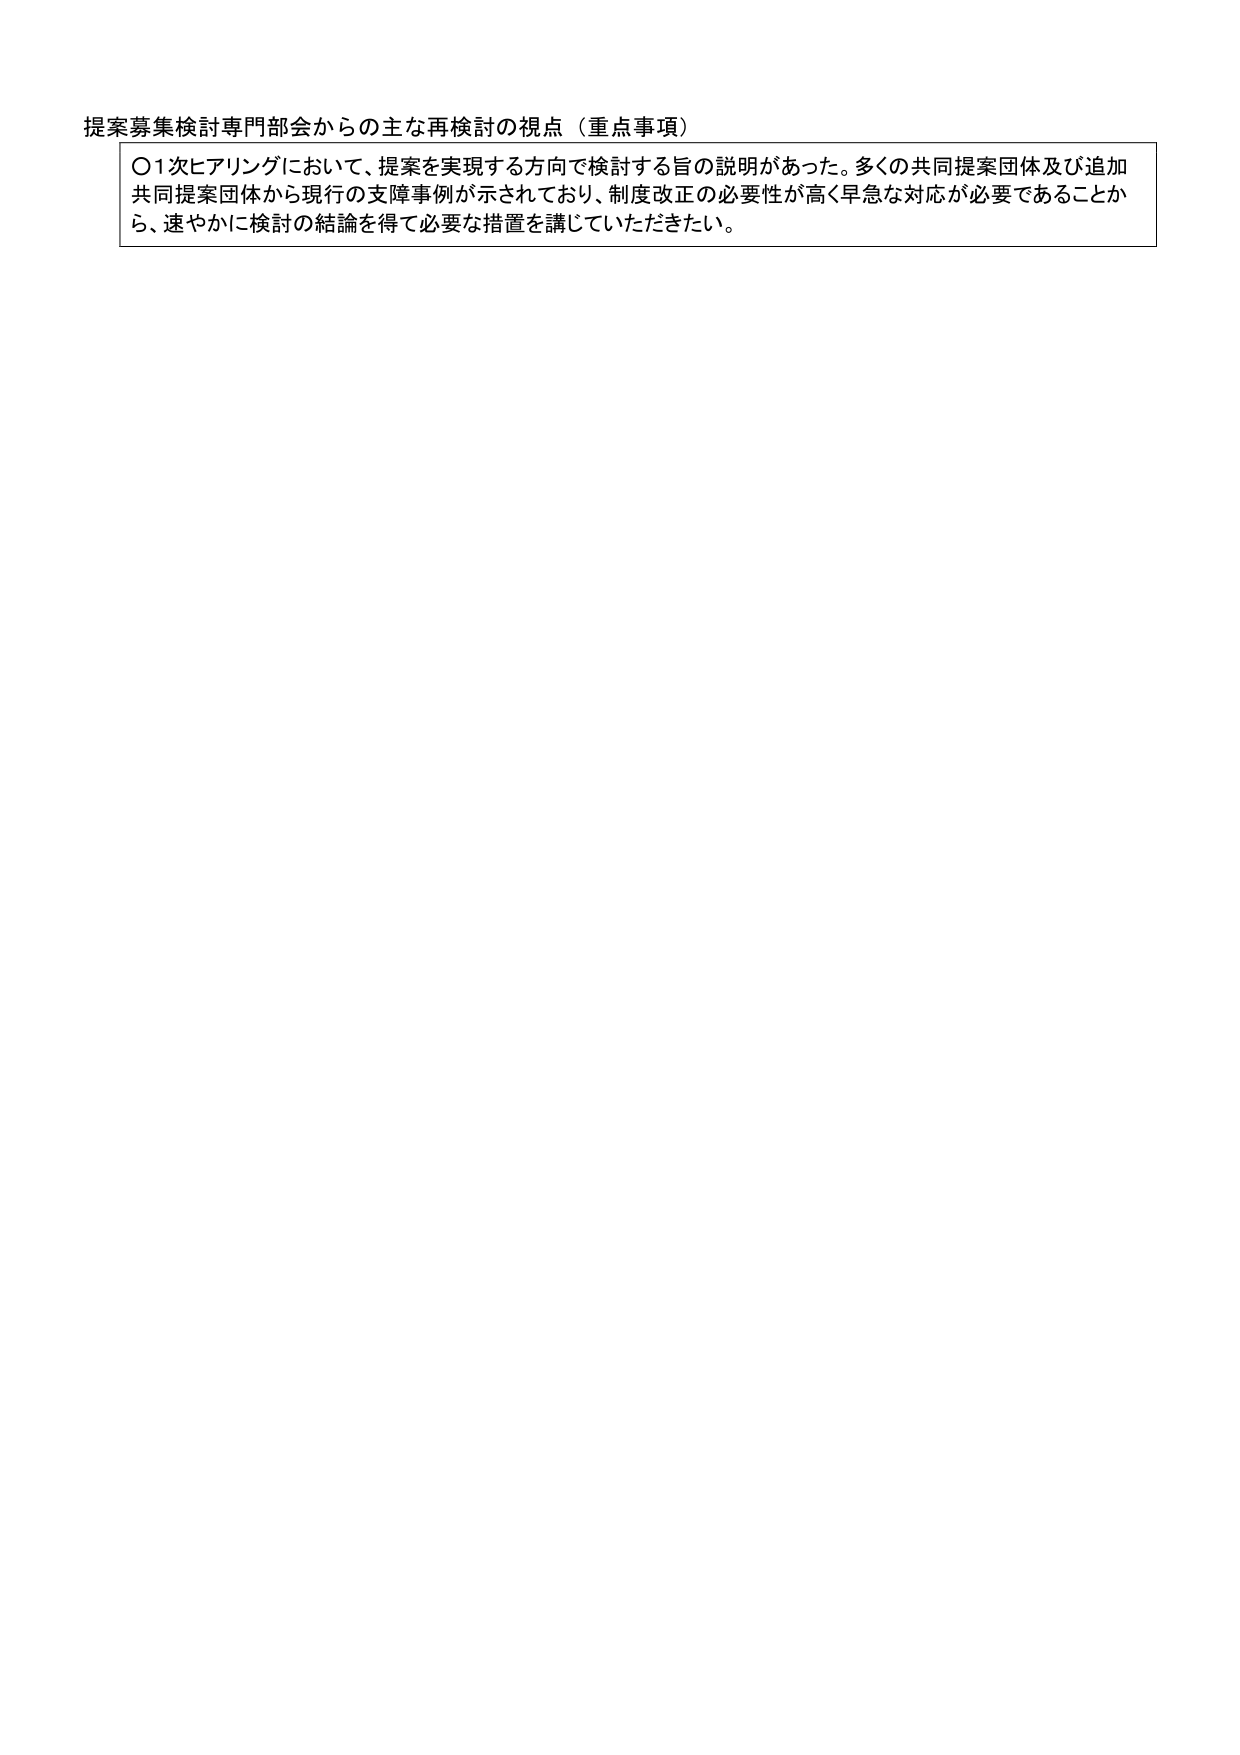
提案募集検討専門部会からの主な再検討の視点（重点事項）

〇1次ヒアリングにおいて、提案を実現する方向で検討する旨の説明があった。多くの共同提案団体及び追加共同提案団体から現行の支障事例が示されており、制度改正の必要性が高く早急な対応が必要であることから、速やかに検討の結論を得て必要な措置を講じていただきたい。